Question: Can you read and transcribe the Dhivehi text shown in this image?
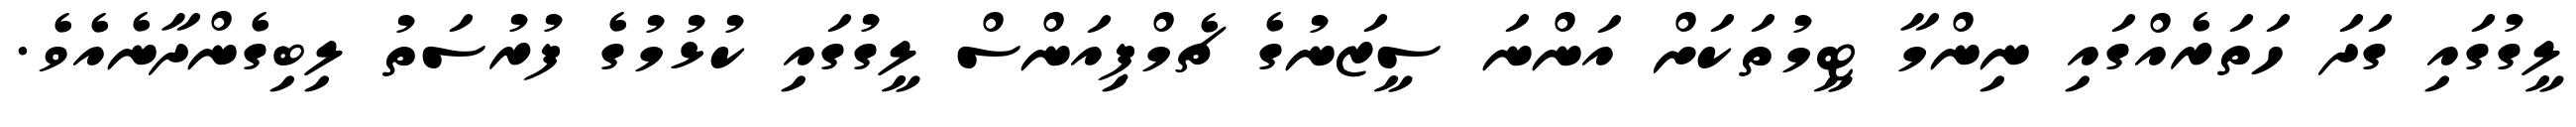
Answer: ލީގުގައި ގަދަ ހަތަރެއްގައި ނިންމާ ޓީމުތަކަށް އަންނަ ސީޒަނުގެ ޗެމްޕިއަންސް ލީގުގައި ކުޅުމުގެ ފުރުސަތު ލިބިގެންދާނެއެވެ.